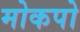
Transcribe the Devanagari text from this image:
मोकपो